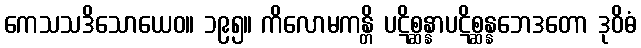
ကေသသဒိသောယေဝ။ ၁၉၅။ ကိလောမကန္တိ ပဋိစ္ဆန္နာပဋိစ္ဆန္နဘေဒတော ဒုဝိဓံ